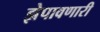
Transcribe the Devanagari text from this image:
झेपावणारी